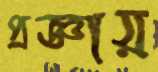
প্রজ্ঞায়